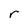
Character: r